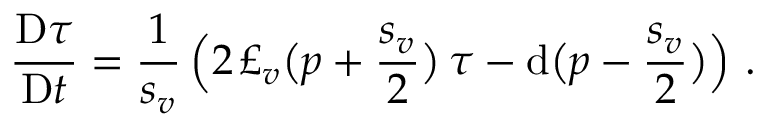
\frac { \mathrm { D } \tau } { \mathrm { D } t } = \frac 1 { s _ { v } } \, \Big ( 2 \, \pounds _ { v } \big ( p + \frac { s _ { v } } { 2 } \big ) \, \tau - \mathrm { d } \big ( p - \frac { s _ { v } } { 2 } \big ) \Big ) \ .